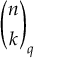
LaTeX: { \binom { n } { k } } _ { q }